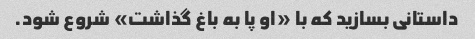
داستانی بسازید که با «او پا به باغ گذاشت» شروع شود.